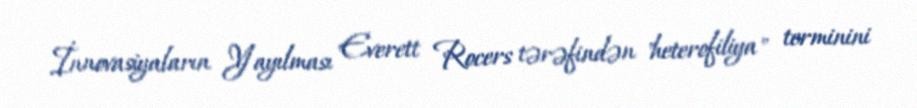
İnnovasiyaların Yayılması Everett Rocers tərəfindən "heterofiliya" terminini